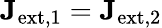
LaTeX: \mathbf{J}_{\mathrm{ext,1}}=\mathbf{J}_{\mathrm{ext,2}}